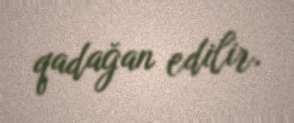
qadağan edilir.